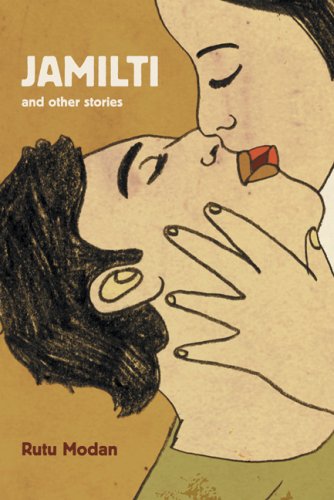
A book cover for Jamilti and Other Stories; Rutu Modan; Comics & Graphic Novels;